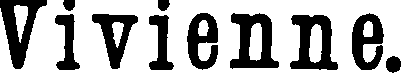
Vivienne.